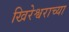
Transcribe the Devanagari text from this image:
खिरेश्वराच्या